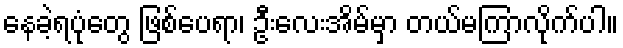
နေခဲ့ရပုံတွေ ဖြစ်ပေရာ၊ ဦးလေးအိမ်မှာ တယ်မကြာလိုက်ပါ။